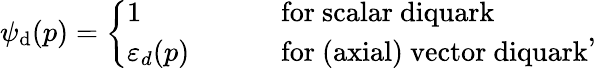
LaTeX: \psi_{\mathrm{d}}(p)=\left\{ \begin{array}{ll}{{1}}&{{\qquad\mathrm{~for~scalar~diquark}}}\\ {{\varepsilon_{d}(p)}}&{{\qquad\mathrm{~for~(axial)~vector~diquark}}}\end{array}\right.,